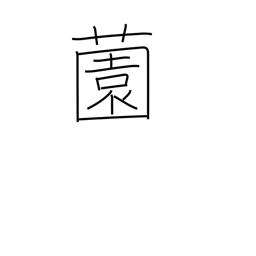
Meaning: yard